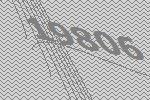
19806